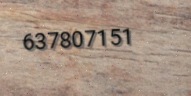
637807151